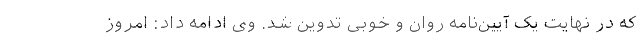
که در نهایت یک آیین‌نامه روان و خوبی تدوین شد. وی ادامه داد: امروز